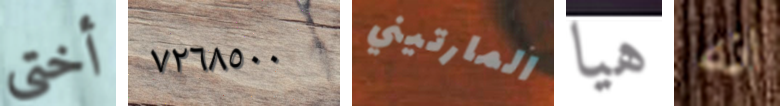
أختي ٧٢٦٨٥٠٠ المارتيني هيا انه